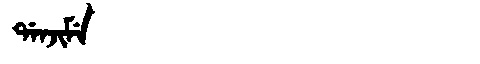
Manchu: ᡩᠠᠨᠵᡳᠮᡝ
Romanization: DANJIME